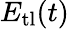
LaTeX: E_{\mathrm{tl}}(t)